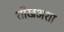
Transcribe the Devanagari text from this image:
शीखअशा